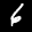
Label: 6